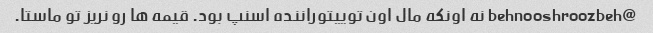
@behnooshroozbeh نه اونکه مال اون توییتوراننده اسنپ بود. قیمه ها رو نریز تو ماستا.